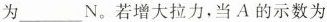
为___N。若增大拉力，当A的示数为